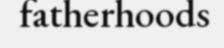
fatherhoods